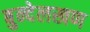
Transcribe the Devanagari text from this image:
बुन्देलखण